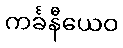
ကင်္ခနီယေဝ